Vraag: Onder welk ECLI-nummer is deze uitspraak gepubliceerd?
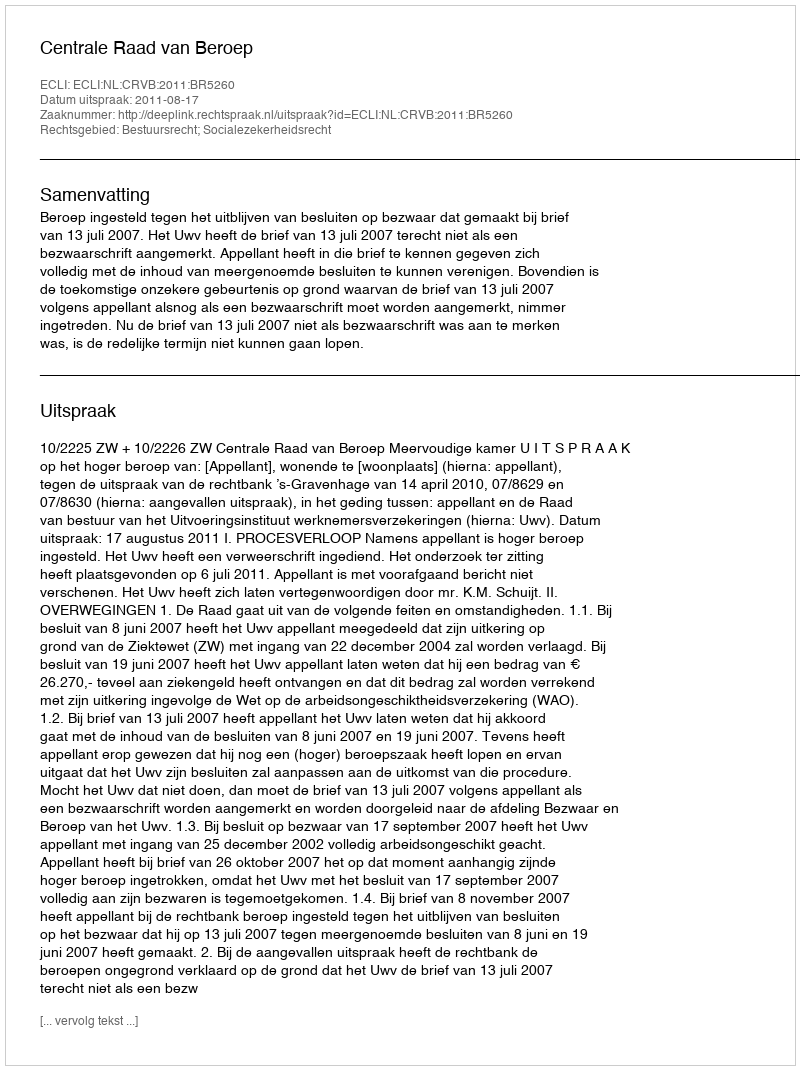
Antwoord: ECLI:NL:CRVB:2011:BR5260